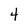
Character: 4